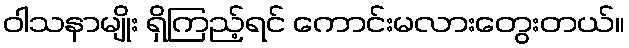
ဝါသနာမျိုး ရှိကြည့်ရင် ကောင်းမလားတွေးတယ်။